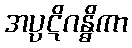
အပ္ပဋိဂန္ဓိကာ